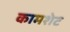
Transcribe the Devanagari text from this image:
कामशेट